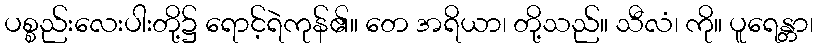
ပစ္စည်းလေးပါးတို့၌ ရောင့်ရဲကုန်၏။ တေ အရိယာ၊ တို့သည်။ သီလံ၊ ကို။ ပူရေန္တာ၊